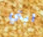
ابتي